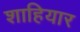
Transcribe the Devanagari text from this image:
शाहियार